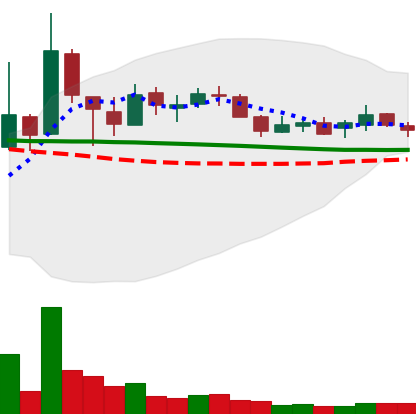
Ticker: XLM-USD
Chart end date: 2018-10-10
Forward return: -7.696%
Label: down_7plus